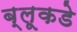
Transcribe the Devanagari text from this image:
ब्लूकडे